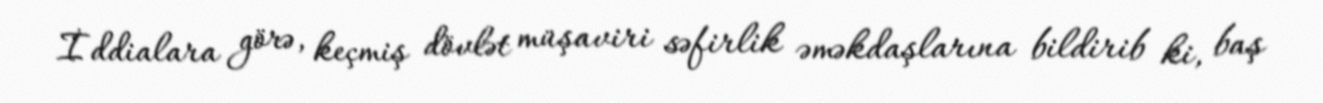
İddialara görə, keçmiş dövlət müşaviri səfirlik əməkdaşlarına bildirib ki, baş